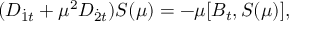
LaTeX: ( D _ { { \dot { 1 } } t } + \mu ^ { 2 } { \cal D } _ { { \dot { 2 } } t } ) S ( \mu ) = - \mu [ B _ { t } , S ( \mu ) ] ,